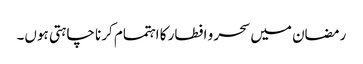
رمضان میں سحر و افطار کا اہتمام کرنا چاہتی ہوں۔